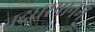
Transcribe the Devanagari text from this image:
तदधरपानम्